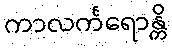
ကာလင်္ကရောန္တိ